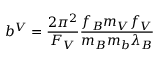
b ^ { V } = \frac { 2 \pi ^ { 2 } } { F _ { V } } \frac { f _ { B } m _ { V } f _ { V } } { m _ { B } m _ { b } \lambda _ { B } }